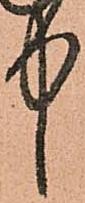
中